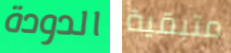
الدودة متبقية